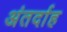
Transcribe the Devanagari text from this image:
अंतर्दाह